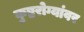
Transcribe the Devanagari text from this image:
कुष्ठरोग्यांवर